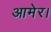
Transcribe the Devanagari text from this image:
आमेर।